Indian journal of veterinary science and animal husbandry - Volumes 26-27, 1956-1957
Year: 1956
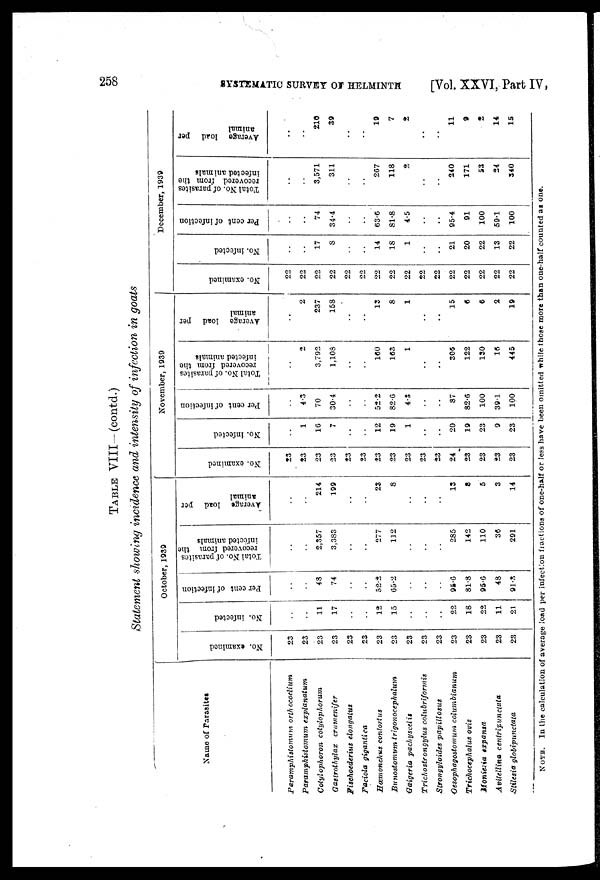
258
SYSTEMATIC SURVEY OF HELMINTH
[Vol. XXVI, Part IV,
TABLE VIII-(contd.)
Statement showing incidence and intensity of infection in goats
Name of Parasites
Paramphistomum orth ocoelium
Paramphistomum
explanatum
Cotylophoron cotylophorum
Gastrothylax
crumenifer
Fischoederius elongatus
Faciola gigantica
Hœmonchus contortus
Bunostomum
trigonocephalum
Gaigeria pachyscelis
Trichostrongylus
colubriformis
Strongyloides papillosus
Oesophagostomum columbianum
Trichocephalus ovis
Moniezia expansa
Avitellina
centripunctata
Stilesia globipunctata
October, 1933
No. examined
23
23
23
23
23
23
23
23
23
23
23
23
23
23
23
23
No. infected
..
..
11
17
..
..
12
15
..
..
..
22
18
22
11
21
Per cent of infection
..
..
48
74
..
..
52.2
65.2
..
..
..
95.6
81.8
95.6
48
91.3
Total No. of parasites
recovered from the
infected animals
..
..
2,357
3,383
..
..
277
112
..
..
..
285
142
110
36
291
Average load per
animal
..
..
214
199
..
..
23
8
..
..
..
13
8
5
3
14
November, 1939
No. examined
23
23
23
23
23
23
23
23
23
23
23
24
23
23
23
23
No. infected
..
1
16
7
..
..
12
19
1
..
..
20
19
23
9
23
Per cent of infection
..
4.3
70
30.4
..
..
52.2
82.6
4.3
..
..
87
82.6
100
39.1
100
Total No. of parasites
recovered from the
infected animals
..
2
3,792
1,108
..
..
160
163
1
..
..
306
122
130
16
445
Average load per
animal
..
2
237
158
..
..
13
8
1
..
..
15
6
6
2
19
December, 1939
No. examined
22
22
22
22
22
22
22
22
22
22
22
22
22
22
22
22
No. infected
..
..
17
8
..
..
14
18
1
..
..
21
20
22
13
22
Per cent of infection
..
..
74
34.4
..
..
63.6
81.8
4.5
..
..
95.4
91
100
59.1
100
Total No. of parasites
recovered from the
infected animals
..
..
3,571
311
..
..
267
118
2
..
..
240
171
53
24
340
Average load per
animal
..
..
210
39
..
..
19
7
2
..
..
11
9
2
14
15
NOTE. In the calculation of average load per infection fractions of one-half or less have been omitted while those more than one-half counted as one.